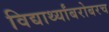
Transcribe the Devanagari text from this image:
विद्यार्थ्यांबरोबरच